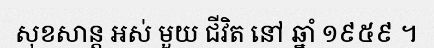
សុខសាន្ត អស់ មួយ ជីវិត នៅ ឆ្នាំ ១៩៥៩ ។